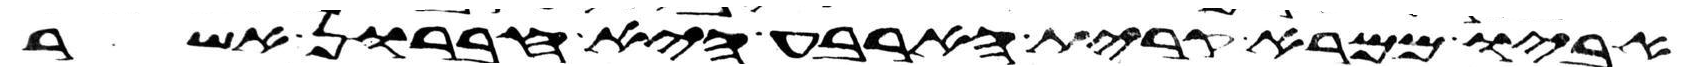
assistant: אביו ממרא קרית הארבע היא חברון אשר